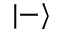
| - \rangle